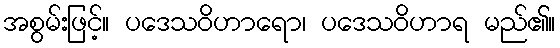
အစွမ်းဖြင့်။ ပဒေသဝိဟာရော၊ ပဒေသဝိဟာရ မည်၏။